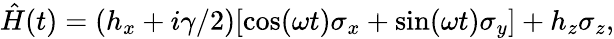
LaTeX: {\hat{H}}(t)=(h_{x}+i\gamma/2)[\cos(\omega t)\sigma_{x}+\sin(\omega t)\sigma_{y}]+h_{z}\sigma_{z},